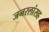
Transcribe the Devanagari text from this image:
जनरलांसह